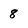
Character: 8